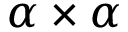
\alpha \times \alpha